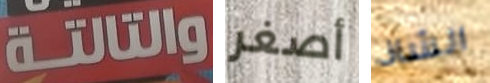
والتالتة أصغر الشاذ